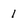
Character: 1